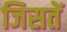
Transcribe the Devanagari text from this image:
जिसतें